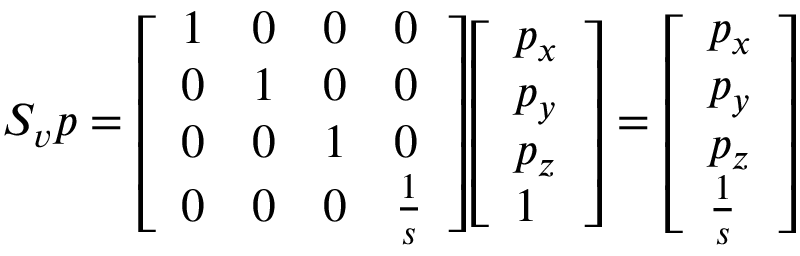
S _ { v } p = { \left[ \begin{array} { l l l l } { 1 } & { 0 } & { 0 } & { 0 } \\ { 0 } & { 1 } & { 0 } & { 0 } \\ { 0 } & { 0 } & { 1 } & { 0 } \\ { 0 } & { 0 } & { 0 } & { { \frac { 1 } { s } } } \end{array} \right] } { \left[ \begin{array} { l } { p _ { x } } \\ { p _ { y } } \\ { p _ { z } } \\ { 1 } \end{array} \right] } = { \left[ \begin{array} { l } { p _ { x } } \\ { p _ { y } } \\ { p _ { z } } \\ { { \frac { 1 } { s } } } \end{array} \right] }